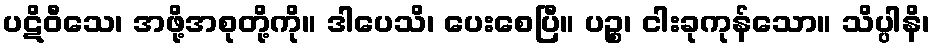
ပဋိဝီသေ၊ အဖို့အစုတို့ကို။ ဒါပေသိ၊ ပေးစေပြီ။ ပဉ္စ၊ ငါးခုကုန်သော။ သိပ္ပါနိ၊